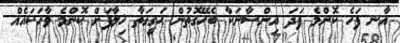
އާނ ފަހެ ކޮންމެ ފަދަ އިންސާނަކާ ބެހޭގޮތުން ޙަޤީޤަތާ ޚިލާފަށް ކޮންމެ ވާހަކައެއް